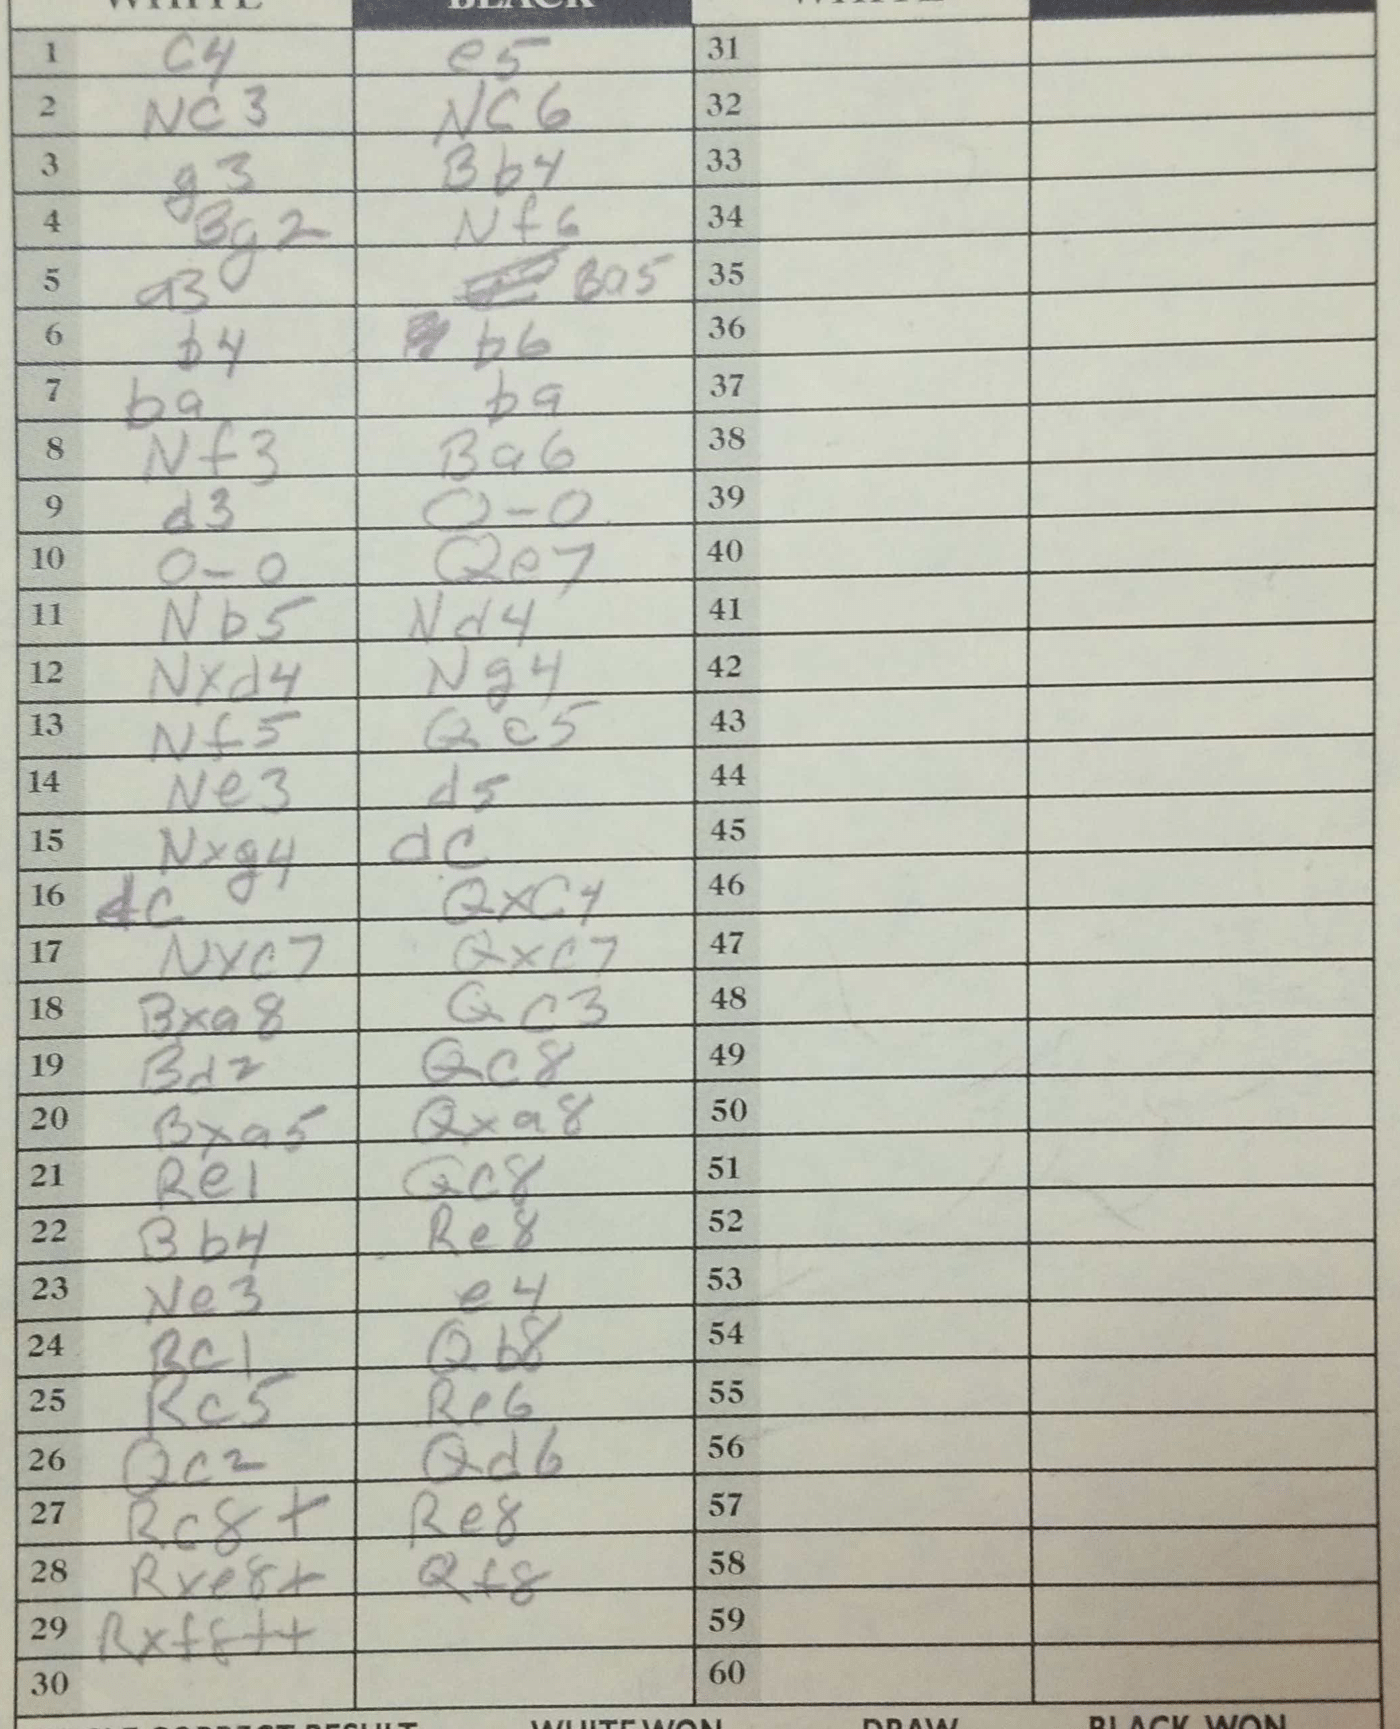
Moves: c4 e5 Nc3 Nc6 g3 Bb4 Bg2 Nf6 a3 Ba5 b4 b6 ba ba Nf3 Ba6 d3 O-O O-O Qe7 Nb5 Nd4 Nxd4 Ng4 Nf5 Qc5 Ne3 d5 Nxg4 dc dc Qxc4 Nxc7 Qxc7 Bxa8 Qc3 Bd2 Qc8 Bxa5 Qxa8 Re1 Qc8 Bb4 Re8 Ne3 e4 Rc1 Qb8 Rc5 Re6 Qc2 Qd6 Rc8+ Re8 Rxf8+ Rxe8+ Qf8